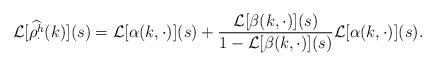
LaTeX: \begin{align*}\mathcal{L}[\widehat{\rho^h_{\cdot}}(k)](s) = \mathcal{L}[\alpha(k,\cdot)](s) + \frac{\mathcal{L}[\beta(k,\cdot)](s)}{1-\mathcal{L}[\beta(k,\cdot)](s)}\mathcal{L}[\alpha(k,\cdot)](s).\end{align*}